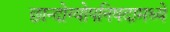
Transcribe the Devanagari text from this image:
छान्दोग्योपनिषदामध्ये